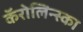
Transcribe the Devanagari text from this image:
कॅरोलिन्स्का